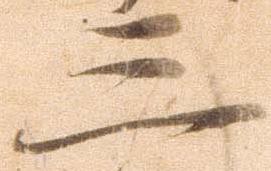
三